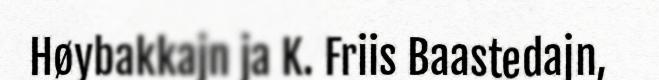
Høybakkajn ja K. Friis Baastedajn,